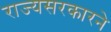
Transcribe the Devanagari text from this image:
राज्यसरकारने